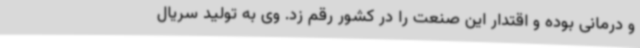
و درمانی بوده و اقتدار این صنعت را در کشور رقم زد. وی به تولید سریال